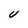
Character: U